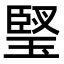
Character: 㻨